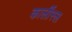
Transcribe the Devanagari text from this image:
कार्लीस्ल